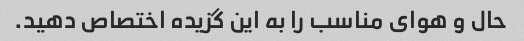
حال و هوای مناسب را به این گزیده اختصاص دهید.